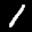
Label: 1